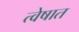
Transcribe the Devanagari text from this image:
त्वेषात